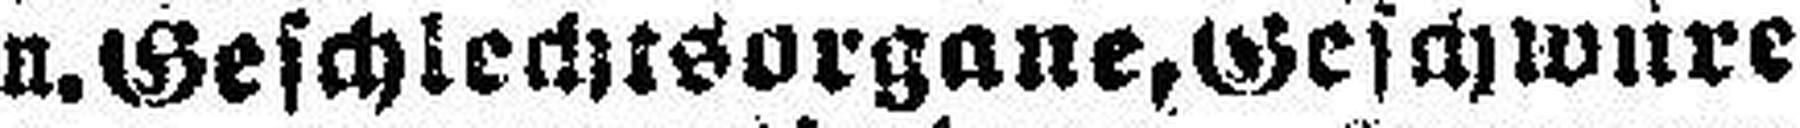
u. Geschlechtsorgane, Geschwüre